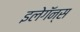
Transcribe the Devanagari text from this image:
इलेगॅन्स